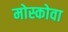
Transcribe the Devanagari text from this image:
मोस्कोवा